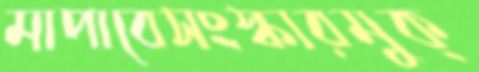
মাপাবেসংস্কারমুক্